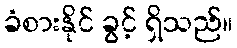
ခံစားနိုင် ခွင့် ရှိသည်။